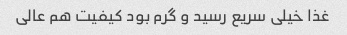
غذا خیلی سریع رسید و گرم بود کیفیت هم عالی